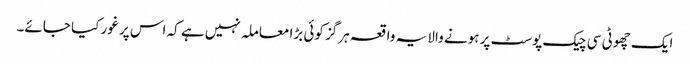
ایک چھوٹی سی چیک پوسٹ پر ہونے والا یہ واقعہ ہرگز کوئی بڑا معاملہ نہیں ہے کہ اس پر غور کیا جائے۔